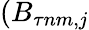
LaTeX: (B_{\tau nm,j}